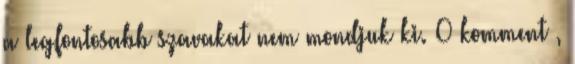
a legfontosabb szavakat nem mondjuk ki. 0 komment ,